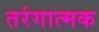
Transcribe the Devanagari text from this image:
तरंगात्मक